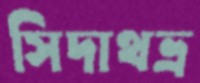
সিদাথভ্র